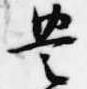
豊